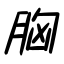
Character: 胸